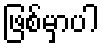
ဖြစ်မှာပါ